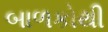
બાળકોથી